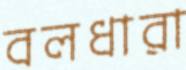
বলধারা